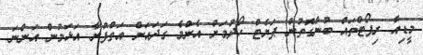
މީޑިއާ ރިޕޯޓްތައް ބުނާގަޮތުން ޕަޔެޓް ހޯދުމަށް އެންމެ ގަދައަށް އަތްފުނާ އަޅަމުން އަންނަ